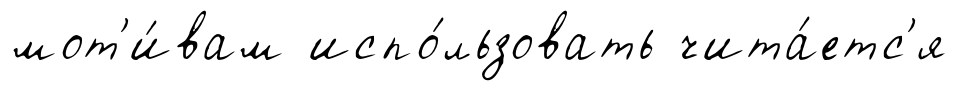
мот'и́вам испо́льзовать чита́етс'я